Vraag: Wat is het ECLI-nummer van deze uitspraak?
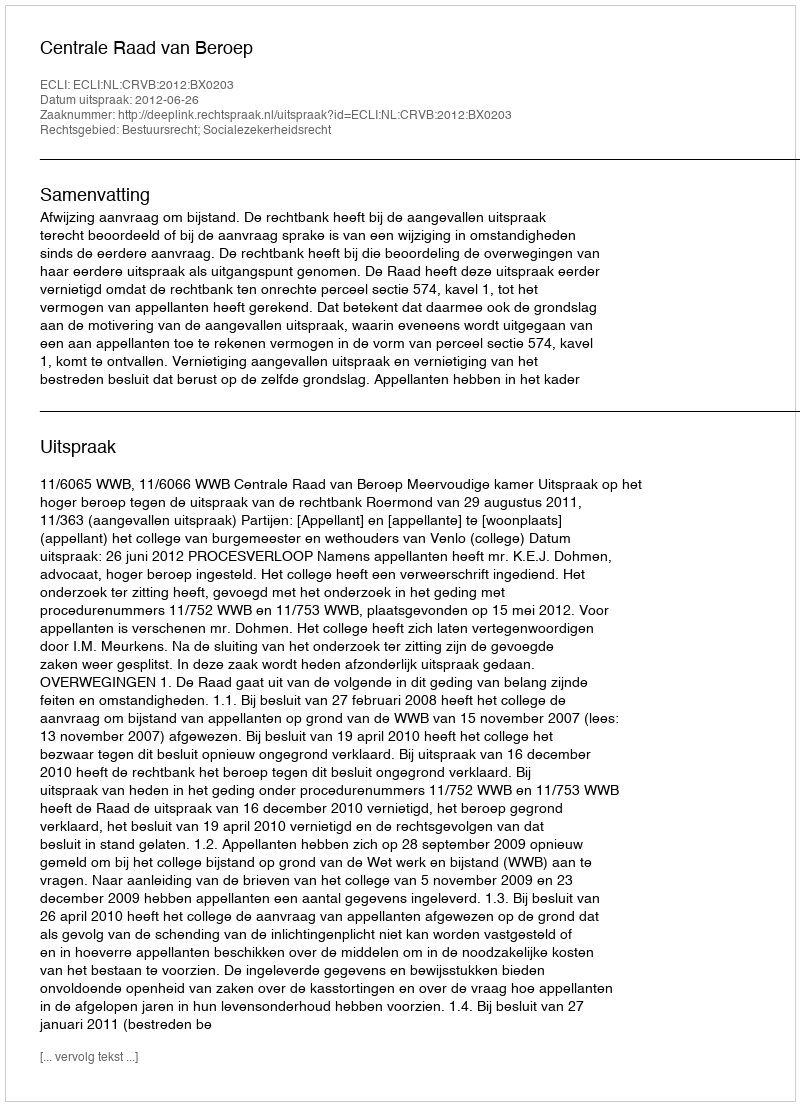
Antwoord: ECLI:NL:CRVB:2012:BX0203